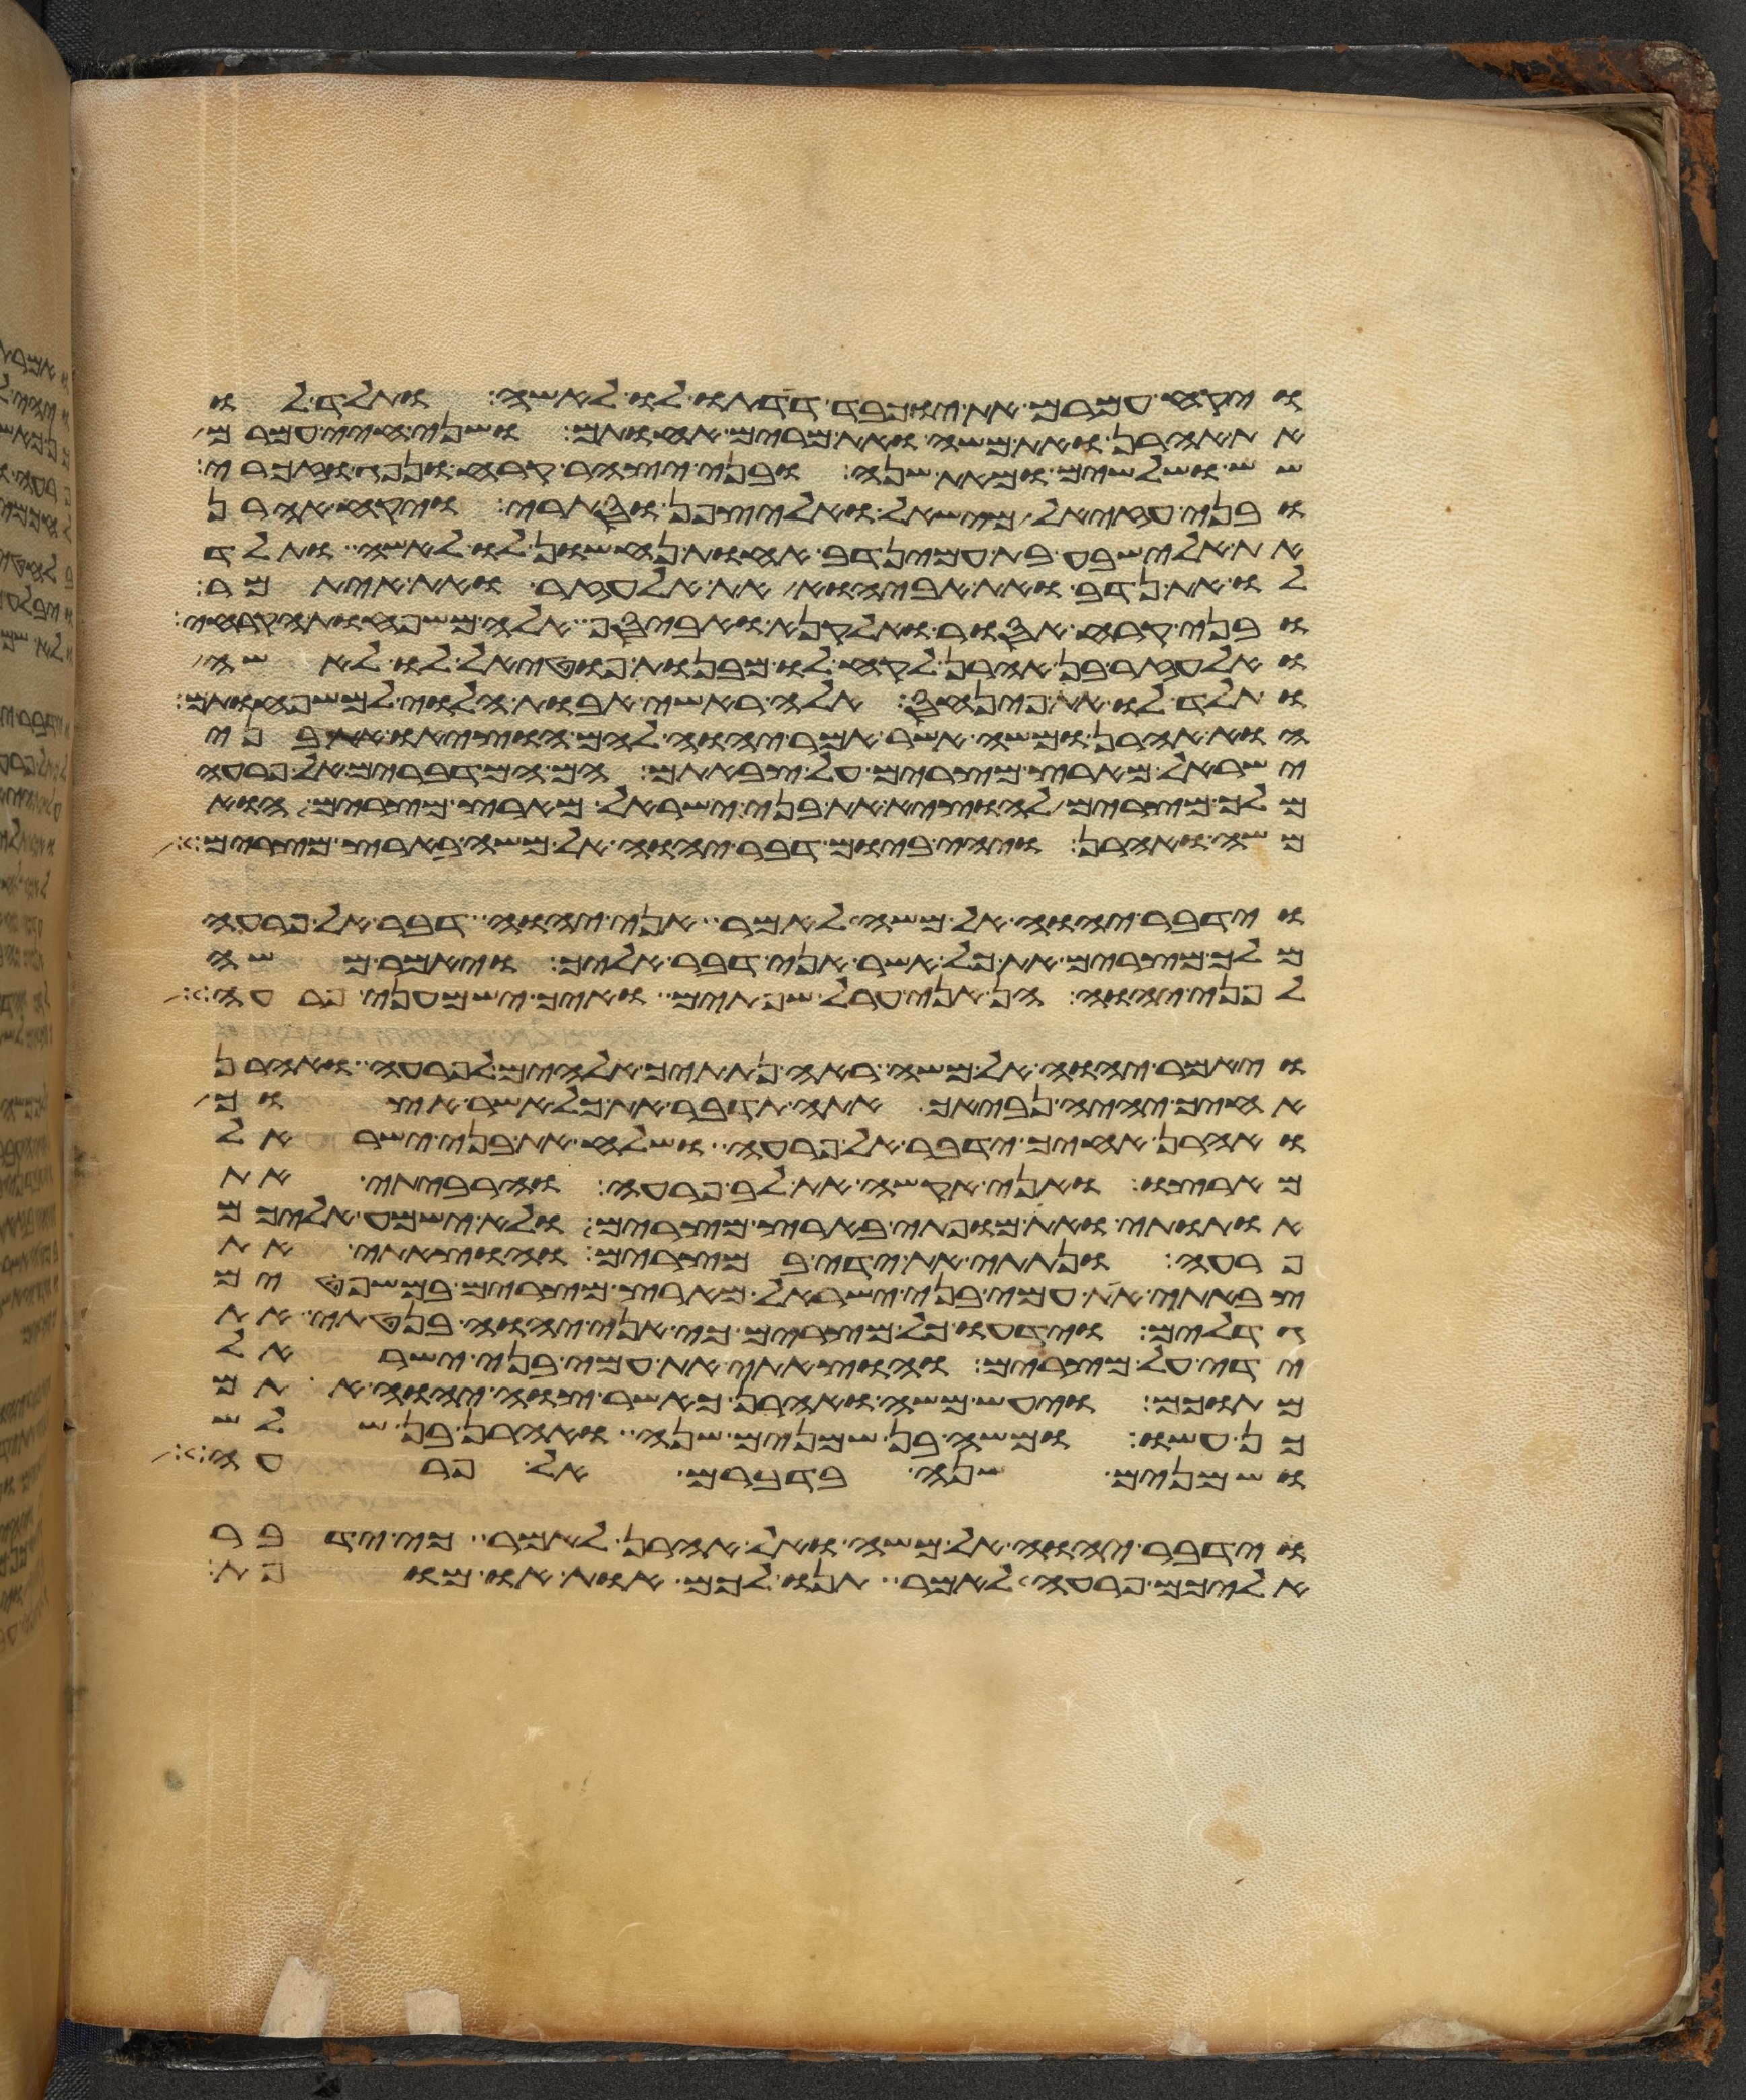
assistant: ויקח עמרם את יוכבד דדתו לו לאשה ותלד לו
את אהרן ואת משה ואת מרים אחותם ושני חיי עמרם
שש ושלשים ומאת שנה ובני יצהר קרח ונפג וזכרי
ובני עזיאל מישאל ואליצפן וסתרי ויקח אהרן
את אלישבע בת עמינדב אחות נחשון לו לאשה ותלד
לו את נדב ואת אביהוא את אלעזר ואת איתמר
ובני קרח אסור ואלקנה ואביסף אלה משפחות הקרחי
ואלעזר בן אהרן לקח לו מבנות פוטאל לו לאשה
ותלד לו את פינחס אלה ראשי אבות הלוי למשפחותם
הוא אהרן ומשה אשר אמר יהוה להם הוציאו את בני
ישראל מארץ מצרים על צבאתם הם המדברים אל פרעה
מלך מצרים להוציא את בני ישראל מארץ מצרים הוא
משה ואהרן ויהי ביום דבר יהוה אל משה בארץ מצרים
וידבר יהוה אל משה לאמר אני יהוה דבר אל פרעה
מלך מצרים את כל אשר אני דבר אליך ויאמר משה
לפני יהוה הן אני ערל שפתים ואיך ישמעני פרעה
ויאמר יהוה אל משה ראה נתתיך אלהים לפרעה ואהרן
אחיך יהיה נביאך אתה תדבר את כל אשר אצוך
ואהרן אחיך ידבר אל פרעה ושלח את בני ישראל
מארצו ואני אקשה את לב פרעה והרביתי את
אתותי ואת מופתי בארץ מצרים ולא ישמע אליכם
פרעה ונתתי את ידי במצרים והוצאתי את
צבאתי את עמי בני ישראל מארץ מצרים במשפטים
גדלים וידעו כל מצרים כי אני יהוה בנטתי את
ידי על מצרים והוצאתי את עמי בני ישראל
מתוכם ויעש משה ואהרן כאשר צוה יהוה אתם
כן עשו ומשה בן שמנים שנה ואהרן בן שלש
ושמנים שנה בדברם אל פרעה
וידבר יהוה אל משה ואל אהרן לאמר כי ידבר
אליכם פרעה לאמר תנו לכם אות או מופת